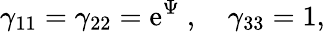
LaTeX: {\gamma}_{11}={\gamma}_{22}=\mathrm{e}^{\Psi}~,~~~~{\gamma}_{33}=1,